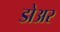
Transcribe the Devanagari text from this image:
डोअर